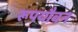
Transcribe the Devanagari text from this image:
रूपयौवन